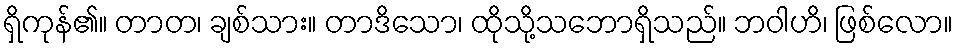
ရှိကုန်၏။ တာတ၊ ချစ်သား။ တာဒိသော၊ ထိုသို့သဘောရှိသည်။ ဘဝါဟိ၊ ဖြစ်လော။